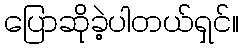
ပြောဆိုခဲ့ပါတယ်ရှင်။